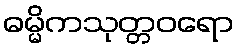
ဓမ္မိကသုတ္တဝရော